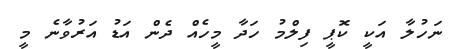
ނަހުލާ އަކީ ކޮޕީ ފިލްމު ހަދާ މީހެއް ދެން އަޑު އަރުވާނެ މީ